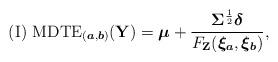
LaTeX: \begin{align*}\mathrm{(I)}~\mathrm{MDTE}_{(\boldsymbol{a},\boldsymbol{b})}(\mathbf{Y})&=\boldsymbol{\mu}+\frac{\mathbf{\Sigma}^{\frac{1}{2}}\boldsymbol{\delta}}{F_{\mathbf{Z}}(\boldsymbol{\xi_{a}},\boldsymbol{\xi_{b}})},\end{align*}